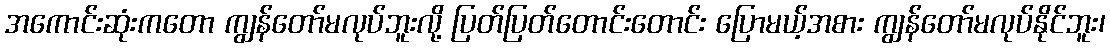
အကောင်းဆုံးကတော ကျွန်တော်မလုပ်ဘူးလို့ ပြတ်ပြတ်တောင်းတောင်း ပြောမယ့်အစား ကျွန်တော်မလုပ်နိုင်ဘူး၊